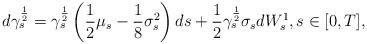
LaTeX: \begin{align*}d\gamma_s^{\frac12} & = \gamma_s^{\frac12} \left( \frac12\mu_s - \frac{1}{8} \sigma_s^2 \right)ds + \frac12 \gamma_s^{\frac12} \sigma_s dW^1_s, s \in [0,T],\end{align*}